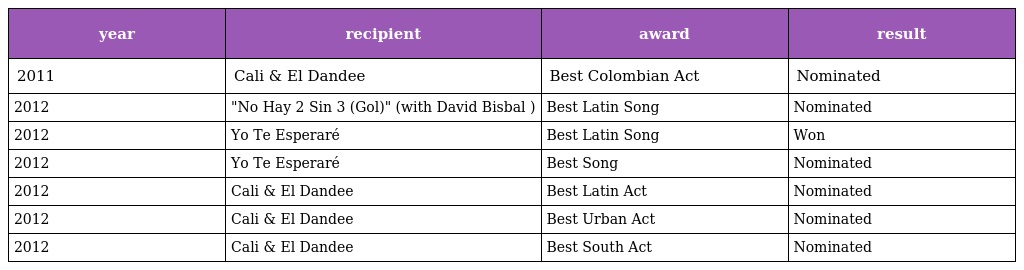
| year | recipient | award | result |
 | --- | --- | --- | --- |
 | 2011 | Cali & El Dandee | Best Colombian Act | Nominated |
 | 2012 | "No Hay 2 Sin 3 (Gol)" (with David Bisbal ) | Best Latin Song | Nominated |
 | 2012 | Yo Te Esperaré | Best Latin Song | Won |
 | 2012 | Yo Te Esperaré | Best Song | Nominated |
 | 2012 | Cali & El Dandee | Best Latin Act | Nominated |
 | 2012 | Cali & El Dandee | Best Urban Act | Nominated |
 | 2012 | Cali & El Dandee | Best South Act | Nominated |